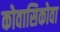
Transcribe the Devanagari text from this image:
कोवासिकोवा